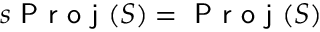
s \textsf { P r o j } ( S ) = \textsf { P r o j } ( S )